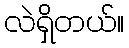
လဲရှိတယ်။